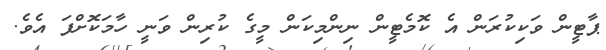
ޕާޓީން ވަކިކުރަން އެ ކޮމެޓީން ނިންމިކަން މީގެ ކުރިން ވަނީ ހާމަކޮށްފަ އެވެ.